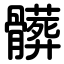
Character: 髒